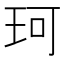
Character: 珂